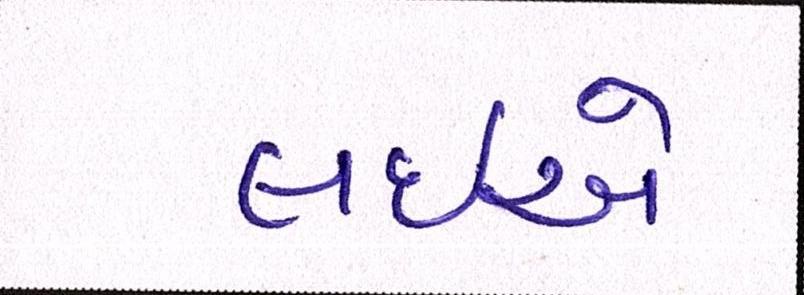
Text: લઇએ